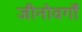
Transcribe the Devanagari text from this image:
जीनोवर्गों